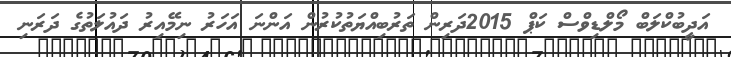
އަދީބުކްލަބް މޯލްޑިވްސް ކަޕް 2015ދަރިން ތަރުބިއްޔަތުކުރުން އަންނަ އަހަރު ނިމޭއިރު ދައުލަތުގެ ދަރަނި